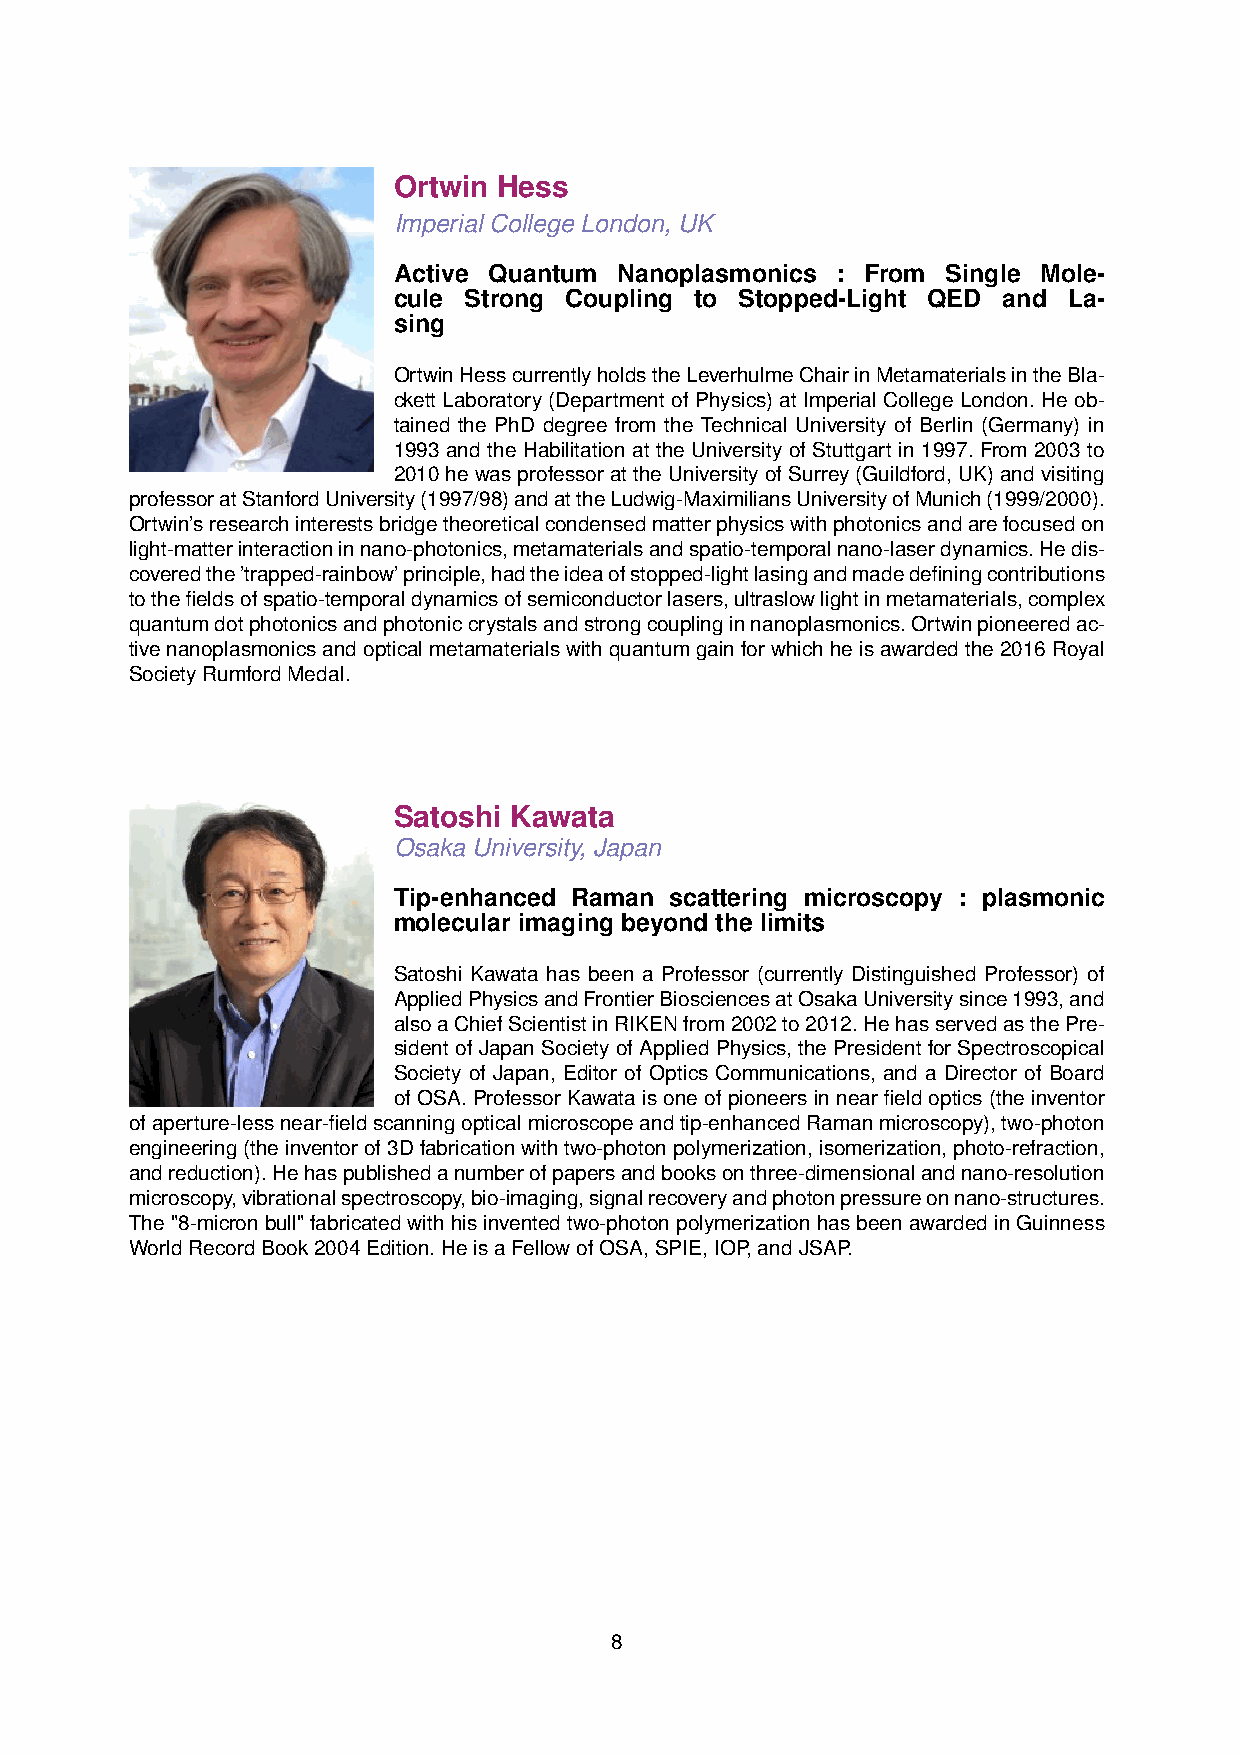
Ortwin Hess
 Imperial College London, UK
 Active Quantum Nanoplasmonics : From Single Mole-
 cule Strong Coupling to Stopped-Light QED and La-
 sing
 OrtwinHesscurrentlyholdstheLeverhulmeChairinMetamaterialsintheBla-
 ckett Laboratory (Department of Physics) at Imperial College London. He ob-
 tained the PhD degree from the Technical University of Berlin (Germany) in
 1993 and the Habilitation at the University of Stuttgart in 1997. From 2003 to
 2010hewasprofessorattheUniversityofSurrey(Guildford,UK)andvisiting
 professoratStanfordUniversity(1997/98)andattheLudwig-MaximiliansUniversityofMunich(1999/2000).
 Ortwin’sresearchinterestsbridgetheoreticalcondensedmatterphysicswithphotonicsandarefocusedon
 light-matterinteractioninnano-photonics,metamaterialsandspatio-temporalnano-laserdynamics.Hedis-
 coveredthe’trapped-rainbow’principle,hadtheideaofstopped-lightlasingandmadedefiningcontributions
 tothefieldsofspatio-temporaldynamicsofsemiconductorlasers,ultraslowlightinmetamaterials,complex
 quantumdotphotonicsandphotoniccrystalsandstrongcouplinginnanoplasmonics.Ortwinpioneeredac-
 tivenanoplasmonicsandopticalmetamaterialswithquantumgainforwhichheisawardedthe2016Royal
 SocietyRumfordMedal.
 Satoshi Kawata
 Osaka University, Japan
 Tip-enhanced Raman scattering microscopy : plasmonic
 molecular imaging beyond the limits
 Satoshi Kawata has been a Professor (currently Distinguished Professor) of
 AppliedPhysicsandFrontierBiosciencesatOsakaUniversitysince1993,and
 alsoaChiefScientistinRIKENfrom2002to2012.HehasservedasthePre-
 sident of Japan Society of Applied Physics, the President for Spectroscopical
 Society of Japan, Editor of Optics Communications, and a Director of Board
 of OSA. Professor Kawata is one of pioneers in near field optics (the inventor
 ofaperture-lessnear-fieldscanningopticalmicroscopeandtip-enhancedRamanmicroscopy),two-photon
 engineering(theinventorof3Dfabricationwithtwo-photonpolymerization,isomerization,photo-refraction,
 andreduction).Hehaspublishedanumberofpapersandbooksonthree-dimensionalandnano-resolution
 microscopy,vibrationalspectroscopy,bio-imaging,signalrecoveryandphotonpressureonnano-structures.
 The"8-micronbull"fabricated withhisinventedtwo-photonpolymerizationhasbeenawarded inGuinness
 WorldRecordBook2004Edition.HeisaFellowofOSA,SPIE,IOP,andJSAP.
 8